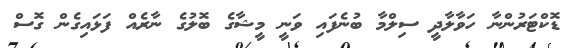
ޑޮކްޓަރުންނާ ހަވާލާދީ ސިލްމާ ބުނެފައި ވަނީ މީޝާގެ ބޮލުގެ ނާރެއް ފަޅައިގެން ގޮސް